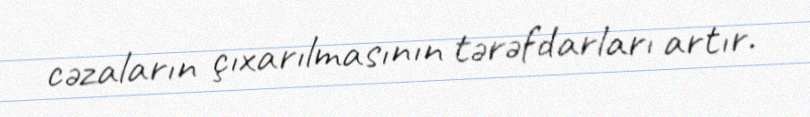
cəzaların çıxarılmasının tərəfdarları artır.